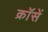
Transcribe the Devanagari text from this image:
क्रॉसें